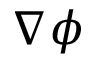
\nabla \phi